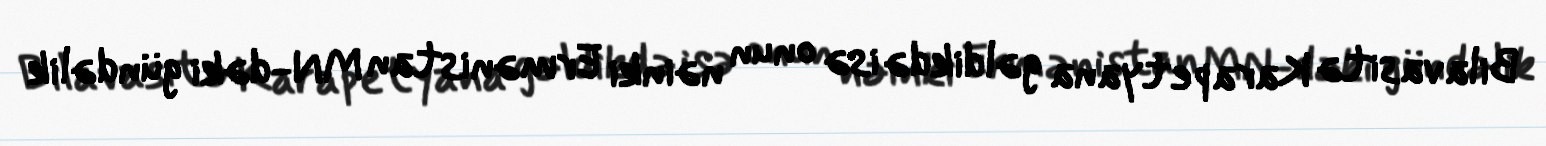
Bilavasitə Karapetyana gəldikdə isə onun nəinki Ermənistan MN-dəki gündəlik